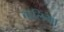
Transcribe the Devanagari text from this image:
बालिगा